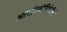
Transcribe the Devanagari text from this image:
आस्ट्रैलोपिथेसीनी